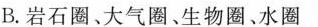
B.岩石圈、大气圈、生物圈、水圈